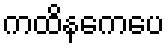
ကထိနကေပေ